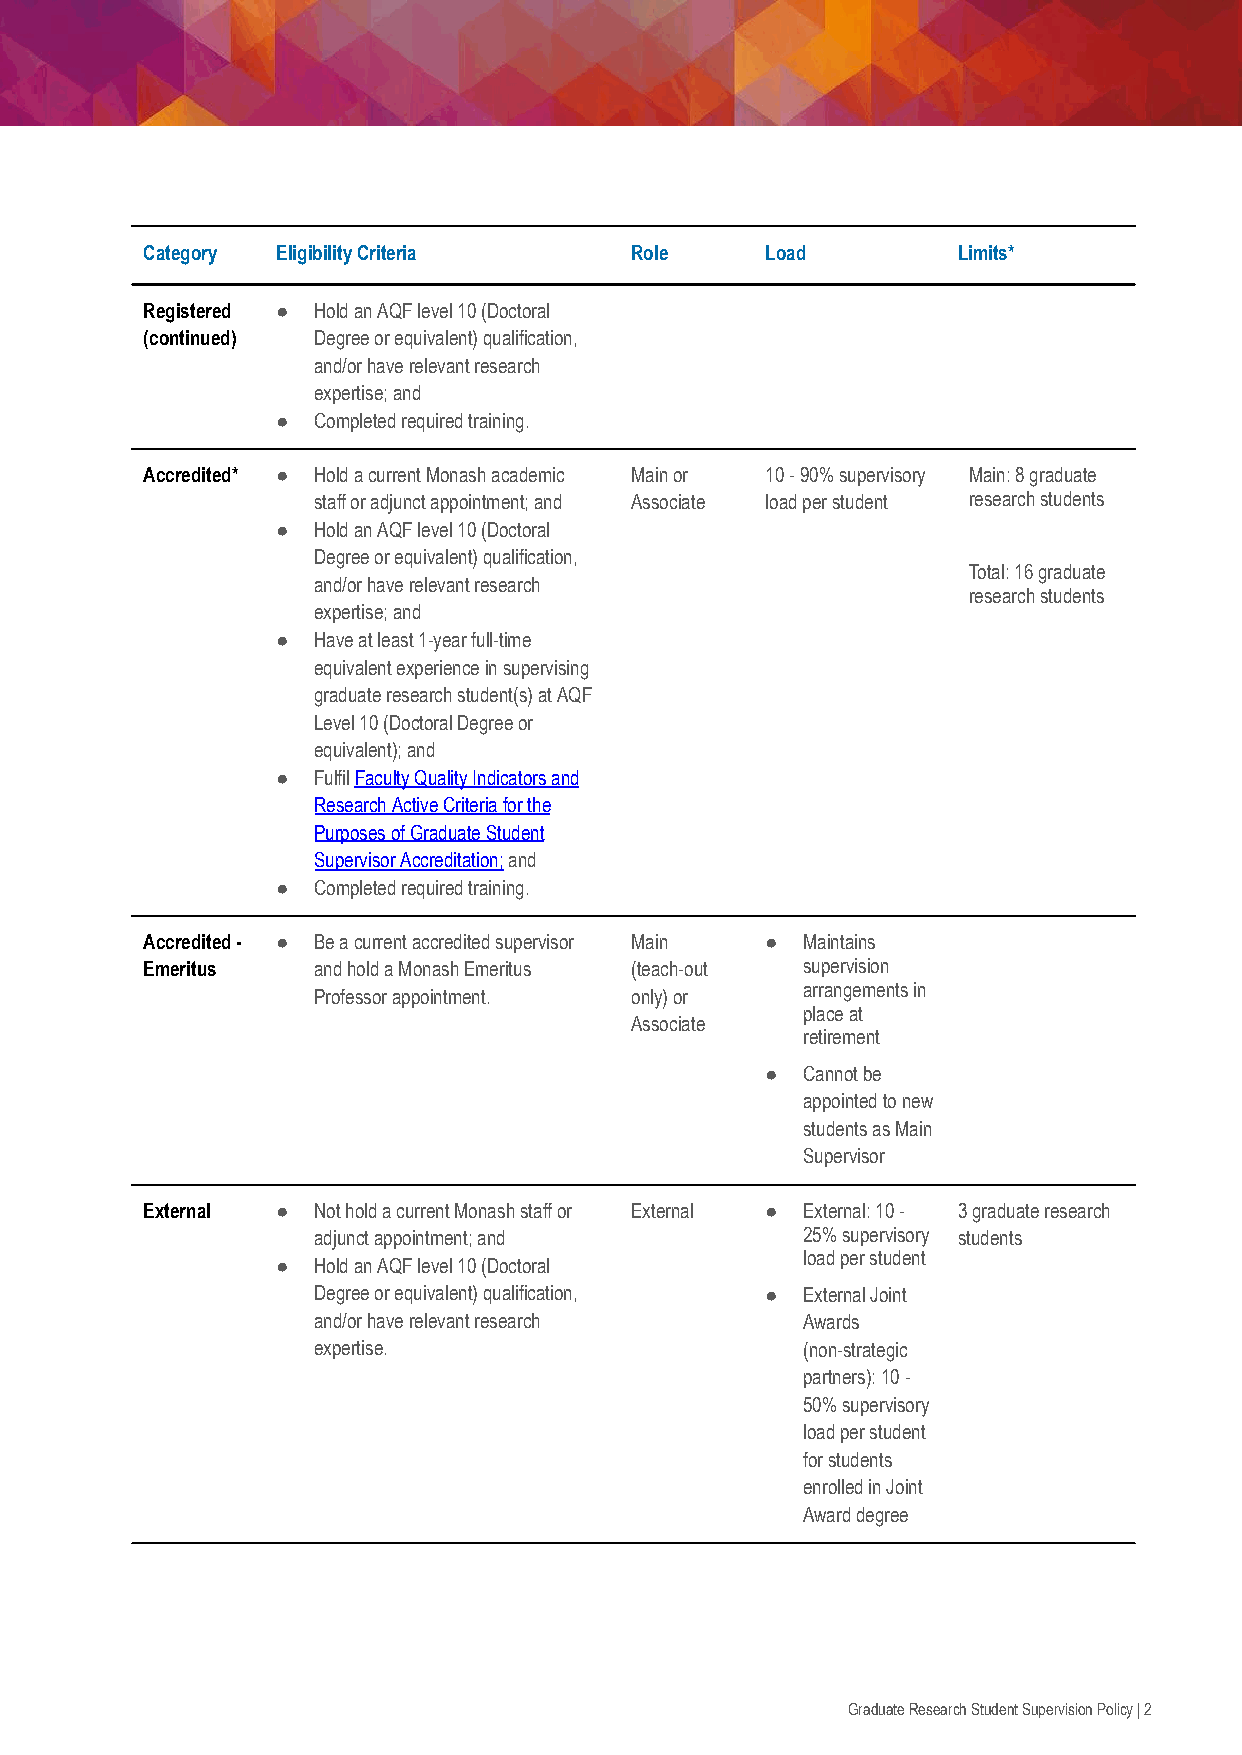
Category EligibilityCriteria     Role     Load        Limits*
 Registered ● HoldanAQFlevel10(Doctoral
 (continued) Degreeorequivalent)qualification,
 and/orhaverelevantresearch
 expertise;and
 ●  Completedrequiredtraining.
 Accredited* ● HoldacurrentMonashacademic Mainor 10-90%supervisory Main:8graduate
 stafforadjunctappointment;and Associate loadperstudent researchstudents
 ●  HoldanAQFlevel10(Doctoral
 Degreeorequivalent)qualification,
 Total:16graduate
 and/orhaverelevantresearch
 researchstudents
 expertise;and
 ●  Haveatleast1-yearfull-time
 equivalentexperienceinsupervising
 graduateresearchstudent(s)atAQF
 Level10(DoctoralDegreeor
 equivalent);and
 ●  FulfilFacultyQualityIndicatorsand
 ResearchActiveCriteriaforthe
 PurposesofGraduateStudent
 SupervisorAccreditation;and
 ●  Completedrequiredtraining.
 Accredited- ● Beacurrentaccreditedsupervisor Main ● Maintains
 Emeritus    andholdaMonashEmeritus (teach-out supervision
 arrangementsin
 Professorappointment. only)or
 placeat
 Associate
 retirement
 ● Cannotbe
 appointedtonew
 studentsasMain
 Supervisor
 External ●  NotholdacurrentMonashstaffor External ● External:10- 3graduateresearch
 adjunctappointment;and          25%supervisory students
 loadperstudent
 ●  HoldanAQFlevel10(Doctoral
 Degreeorequivalent)qualification, ● ExternalJoint
 and/orhaverelevantresearch      Awards
 expertise.                      (non-strategic
 partners):10-
 50%supervisory
 loadperstudent
 forstudents
 enrolledinJoint
 Awarddegree
 GraduateResearchStudentSupervisionPolicy|2